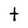
Character: t